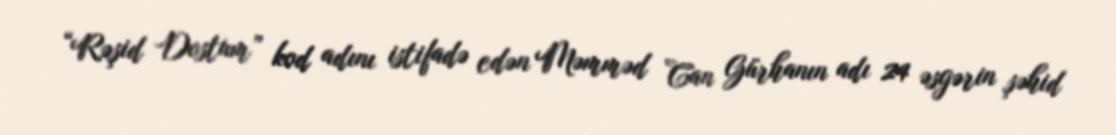
“Rəşid Dostum” kod adını istifadə edən Məmməd Can Gürhanın adı 24 əsgərin şəhid